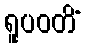
ရူပဝတိံ